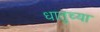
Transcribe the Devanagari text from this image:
धातुच्या